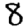
Digit: 8